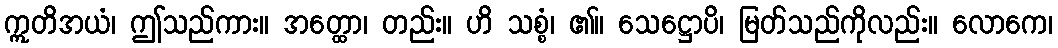
ဣတိအယံ၊ ဤသည်ကား။ အတ္ထော၊ တည်း။ ဟိ သစ္စံ၊ ၏။ သေဋ္ဌောပိ၊ မြတ်သည်ကိုလည်း။ လောကေ၊